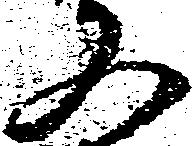
又